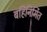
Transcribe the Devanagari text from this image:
बहिनिर्मित